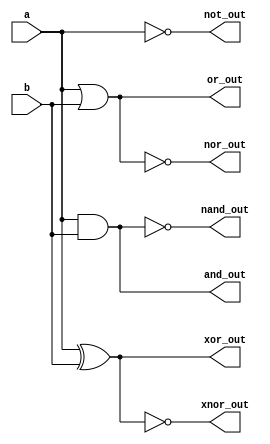
module logicGates (a, b, and_out, nand_out, or_out, nor_out, xor_out, xnor_out, not_out);

input a, b;
output and_out, nand_out, or_out, nor_out, xor_out, xnor_out, not_out;
assign and_out = a & b;
assign nand_out = ~and_out;
assign or_out = a | b;
assign nor_out = ~or_out;
assign xor_out = a ^ b;
assign xnor_out = ~xor_out;
assign not_out = ~a;

endmodule